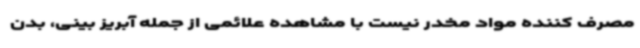
مصرف کننده مواد مخدر نیست با مشاهده علائمی از جمله آبریز بینی، بدن